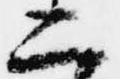
二